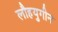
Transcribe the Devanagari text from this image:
लौहयुगीन